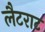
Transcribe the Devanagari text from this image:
लैटराट